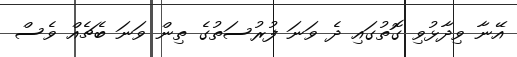
އޭނާ ވިދާޅުވި ގޮތުގައި ދެ ވަނަ ފުރުސަތުގެ ތިން ވަނަ ބެޗެއް ވެސް